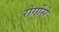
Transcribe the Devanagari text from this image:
रोगोंसे